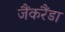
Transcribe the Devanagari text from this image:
जैंकरैंडा